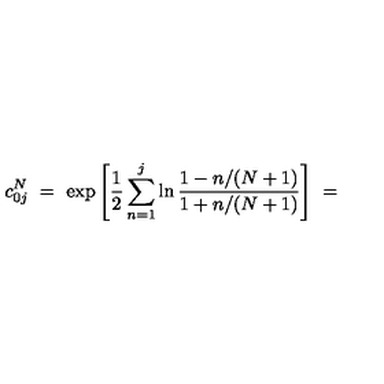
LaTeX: c _ { 0 j } ^ { N } \ = \ \exp \left[ \frac { 1 } { 2 } \sum _ { n = 1 } ^ { j } \ln \frac { 1 - n / ( N + 1 ) } { 1 + n / ( N + 1 ) } \right] \ = \